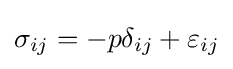
\sigma _{ij}=-p\delta _{ij}+\varepsilon _{ij}